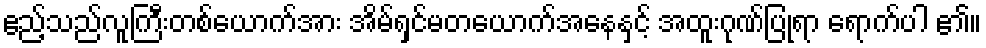
ဧည့်သည်လူကြီးတစ်ယောက်အား အိမ်ရှင်မတယောက်အနေနှင့် အထူးဂုဏ်ပြုရာ ရောက်ပါ ၏။